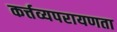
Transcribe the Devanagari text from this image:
कर्त्तव्यपरायणता